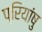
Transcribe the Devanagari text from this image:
प्रियांषु